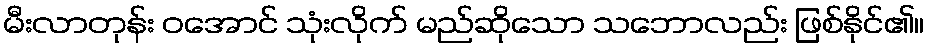
မီးလာတုန်း ဝအောင် သုံးလိုက် မည်ဆိုသော သဘောလည်း ဖြစ်နိုင်၏။